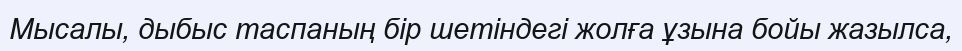
Мысалы, дыбыс таспаның бір шетіндегі жолға ұзына бойы жазылса,